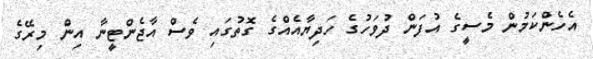
އެހެންކަމުން މެސީގެ އުފަން ދުވަހުގެ ހަދިޔާއެއްގެ ގޮތުގައި ވެސް އާޖެންޓީނާ އިން މިރޭގެ